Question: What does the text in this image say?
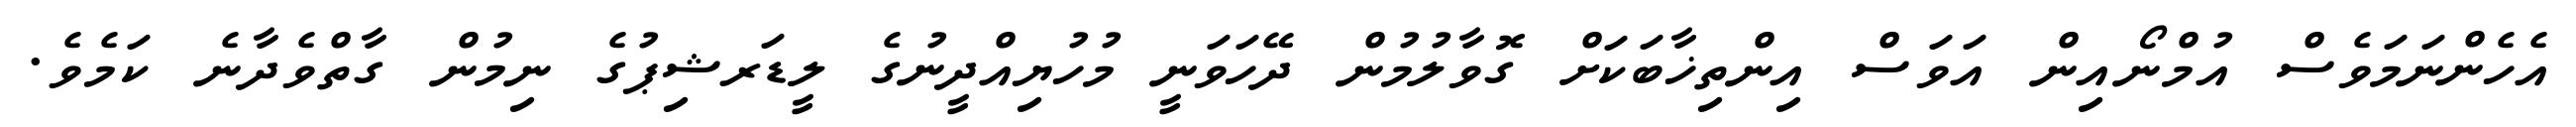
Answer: އެހެންނަމަވެސް އުމްނޯއިން އަވަސް އިންތިޚާބަކަށް ގޮވާލުމުން ދޭހަވަނީ މުހުޔިއްދީނުގެ ލީޑަރޝިޕުގެ ނިމުން ގާތްވެދާނެ ކަމެވެ.